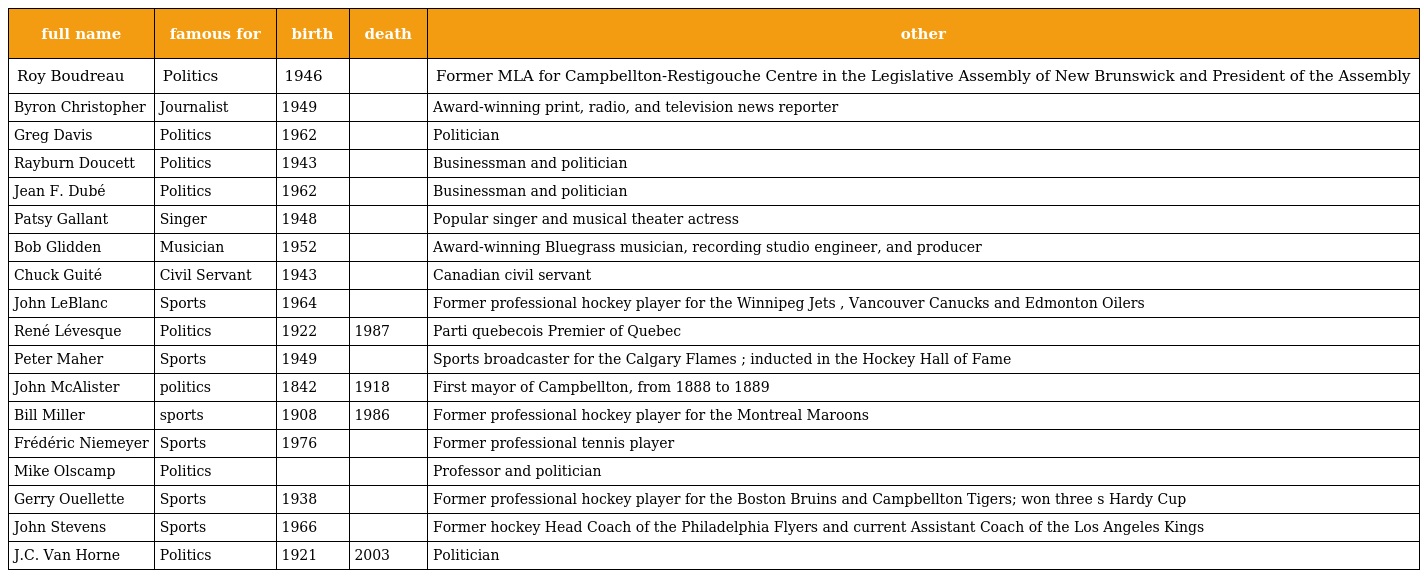
| full name | famous for | birth | death | other |
 | --- | --- | --- | --- | --- |
 | Roy Boudreau | Politics | 1946 |  | Former MLA for Campbellton-Restigouche Centre in the Legislative Assembly of New Brunswick and President of the Assembly |
 | Byron Christopher | Journalist | 1949 |  | Award-winning print, radio, and television news reporter |
 | Greg Davis | Politics | 1962 |  | Politician |
 | Rayburn Doucett | Politics | 1943 |  | Businessman and politician |
 | Jean F. Dubé | Politics | 1962 |  | Businessman and politician |
 | Patsy Gallant | Singer | 1948 |  | Popular singer and musical theater actress |
 | Bob Glidden | Musician | 1952 |  | Award-winning Bluegrass musician, recording studio engineer, and producer |
 | Chuck Guité | Civil Servant | 1943 |  | Canadian civil servant |
 | John LeBlanc | Sports | 1964 |  | Former professional hockey player for the Winnipeg Jets , Vancouver Canucks and Edmonton Oilers |
 | René Lévesque | Politics | 1922 | 1987 | Parti quebecois Premier of Quebec |
 | Peter Maher | Sports | 1949 |  | Sports broadcaster for the Calgary Flames ; inducted in the Hockey Hall of Fame |
 | John McAlister | politics | 1842 | 1918 | First mayor of Campbellton, from 1888 to 1889 |
 | Bill Miller | sports | 1908 | 1986 | Former professional hockey player for the Montreal Maroons |
 | Frédéric Niemeyer | Sports | 1976 |  | Former professional tennis player |
 | Mike Olscamp | Politics |  |  | Professor and politician |
 | Gerry Ouellette | Sports | 1938 |  | Former professional hockey player for the Boston Bruins and Campbellton Tigers; won three s Hardy Cup |
 | John Stevens | Sports | 1966 |  | Former hockey Head Coach of the Philadelphia Flyers and current Assistant Coach of the Los Angeles Kings |
 | J.C. Van Horne | Politics | 1921 | 2003 | Politician |